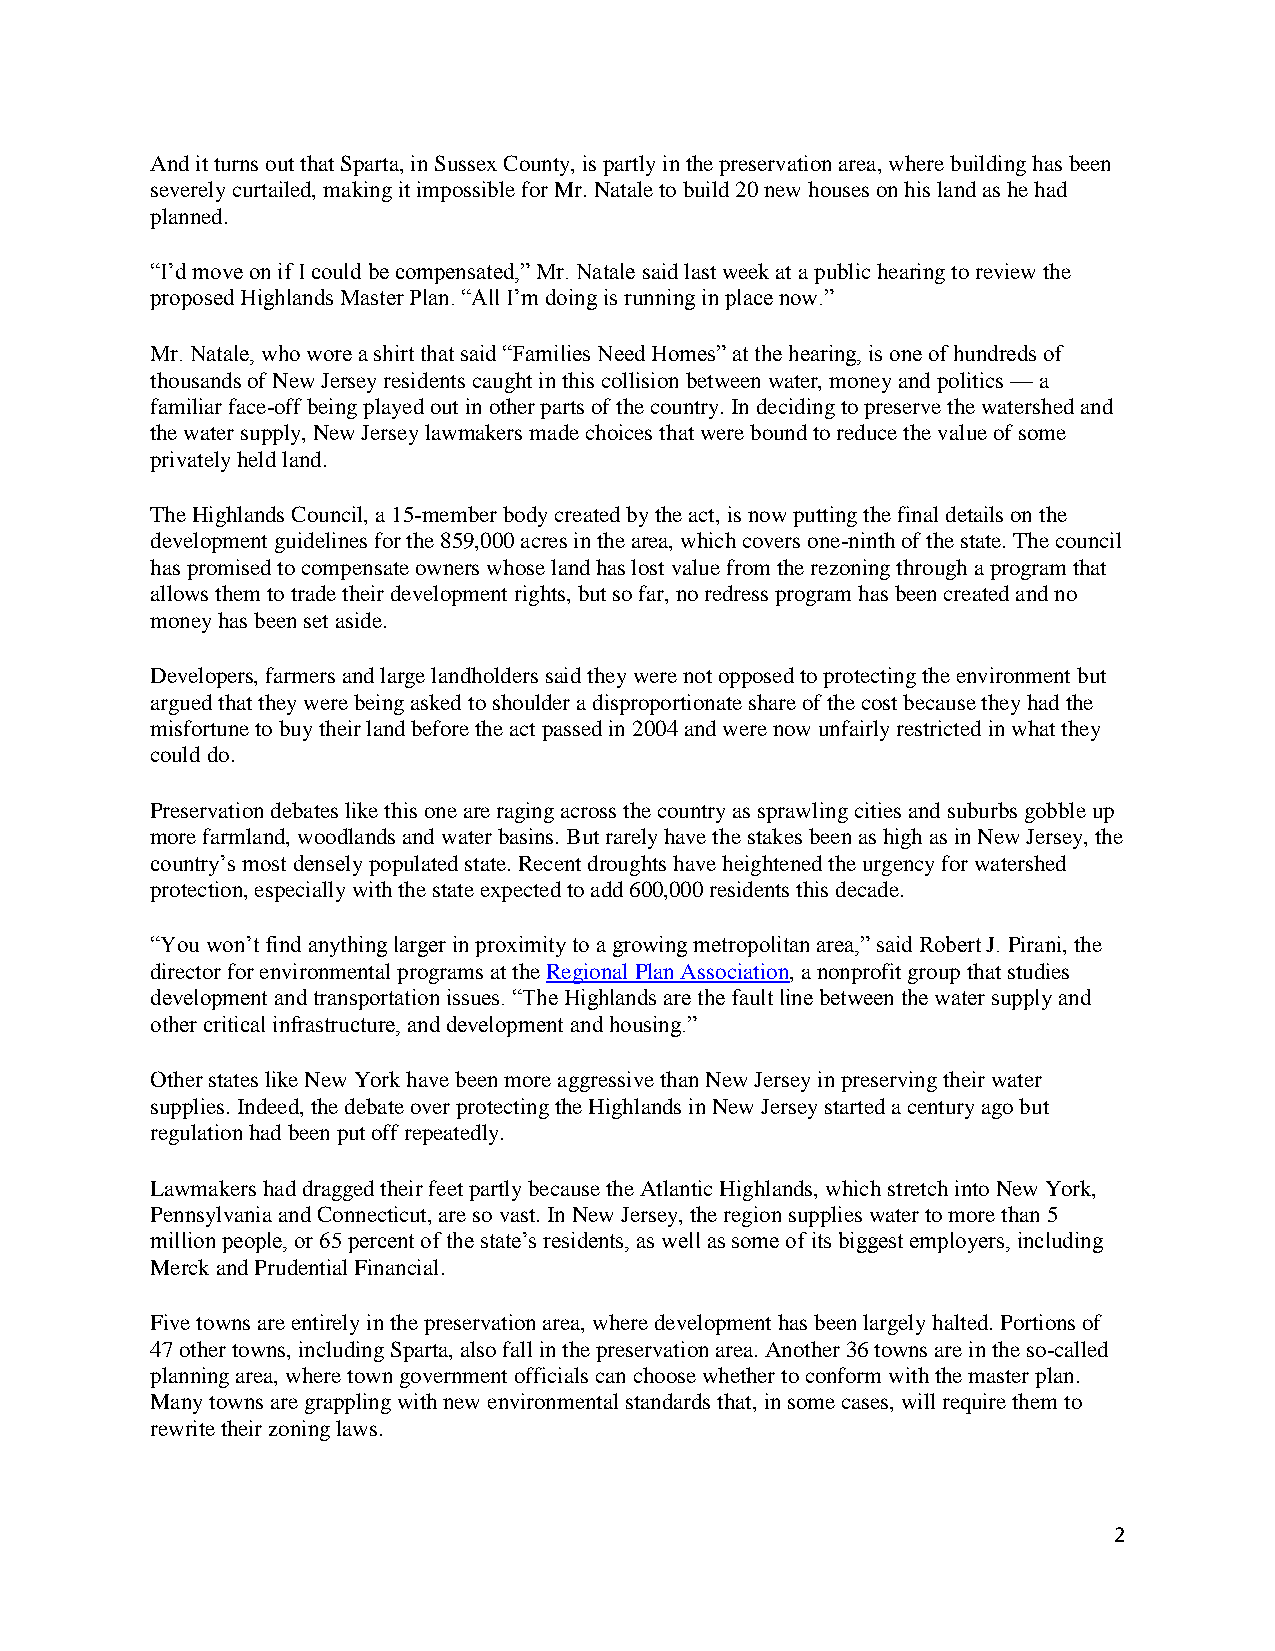
And it turns out that Sparta, in Sussex County, is partly in the preservation area, where building has been
 severely curtailed, making it impossible for Mr. Natale to build 20 new houses on his land as he had
 planned.
 “I’d move on if I could be compensated,” Mr. Natale said last week at a public hearing to review the
 proposed Highlands Master Plan. “All I’m doing is running in place now.”
 Mr. Natale, who wore a shirt that said “Families Need Homes” at the hearing, is one of hundreds of
 thousands of New Jersey residents caught in this collision between water, money and politics — a
 familiar face-off being played out in other parts of the country. In deciding to preserve the watershed and
 the water supply, New Jersey lawmakers made choices that were bound to reduce the value of some
 privately held land.
 The Highlands Council, a 15-member body created by the act, is now putting the final details on the
 development guidelines for the 859,000 acres in the area, which covers one-ninth of the state. The council
 has promised to compensate owners whose land has lost value from the rezoning through a program that
 allows them to trade their development rights, but so far, no redress program has been created and no
 money has been set aside.
 Developers, farmers and large landholders said they were not opposed to protecting the environment but
 argued that they were being asked to shoulder a disproportionate share of the cost because they had the
 misfortune to buy their land before the act passed in 2004 and were now unfairly restricted in what they
 could do.
 Preservation debates like this one are raging across the country as sprawling cities and suburbs gobble up
 more farmland, woodlands and water basins. But rarely have the stakes been as high as in New Jersey, the
 country’s most densely populated state. Recent droughts have heightened the urgency for watershed
 protection, especially with the state expected to add 600,000 residents this decade.
 “You won’t find anything larger in proximity to a growing metropolitan area,” said Robert J. Pirani, the
 director for environmental programs at the Regional Plan Association, a nonprofit group that studies
 development and transportation issues. “The Highlands are the fault line between the water supply and
 other critical infrastructure, and development and housing.”
 Other states like New York have been more aggressive than New Jersey in preserving their water
 supplies. Indeed, the debate over protecting the Highlands in New Jersey started a century ago but
 regulation had been put off repeatedly.
 Lawmakers had dragged their feet partly because the Atlantic Highlands, which stretch into New York,
 Pennsylvania and Connecticut, are so vast. In New Jersey, the region supplies water to more than 5
 million people, or 65 percent of the state’s residents, as well as some of its biggest employers, including
 Merck and Prudential Financial.
 Five towns are entirely in the preservation area, where development has been largely halted. Portions of
 47 other towns, including Sparta, also fall in the preservation area. Another 36 towns are in the so-called
 planning area, where town government officials can choose whether to conform with the master plan.
 Many towns are grappling with new environmental standards that, in some cases, will require them to
 rewrite their zoning laws.
 2